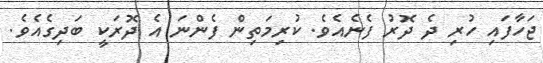
ޖަހާފައި ހުރި ދެ ދޮރު ފެނެއެވެ. ކުރިމަތިން ފެންނަ އެ ދޮރަކީ ބަދިގެއެވެ.